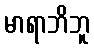
မာရာဘိဘူ